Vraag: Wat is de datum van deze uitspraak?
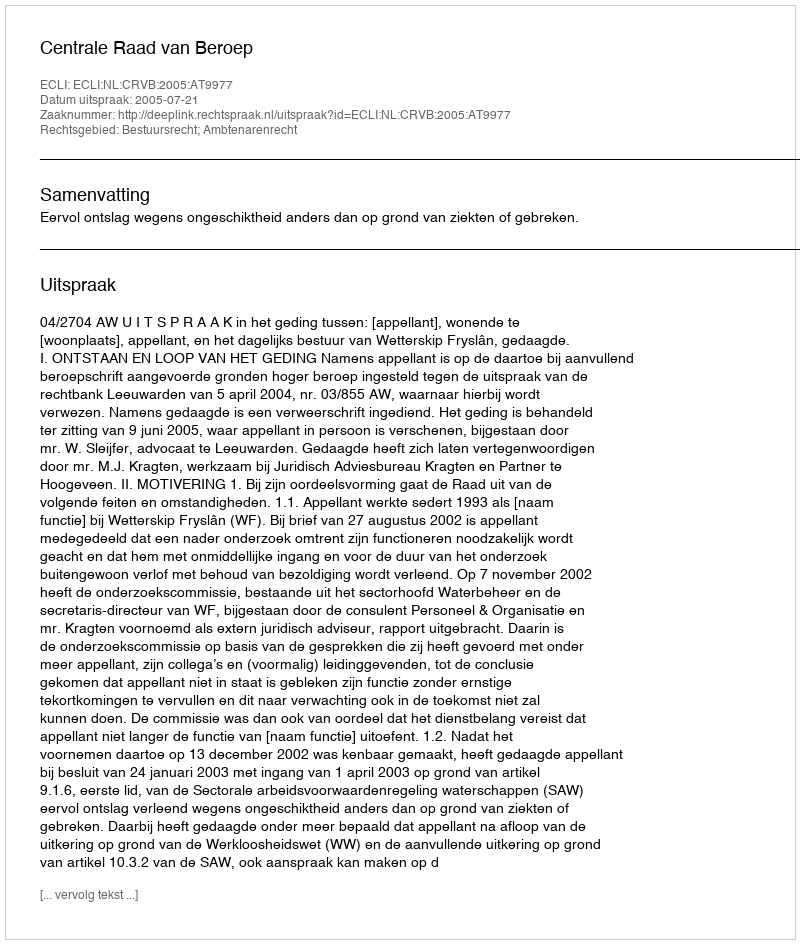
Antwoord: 2005-07-21